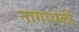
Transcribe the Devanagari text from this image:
नागाथली